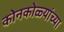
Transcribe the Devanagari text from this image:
कोनकोळ्यांच्या